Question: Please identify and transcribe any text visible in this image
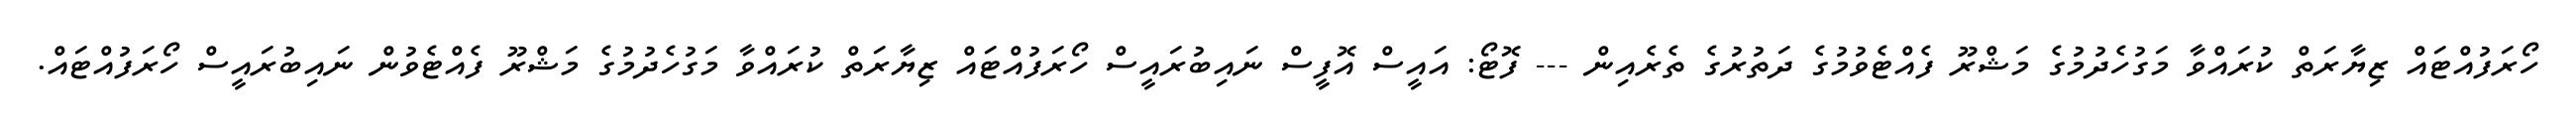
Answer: ހޯރަފުއްޓައް ޒިޔާރަތް ކުރައްވާ މަގުހެދުމުގެ މަޝްރޫ ފެއްޓެވުމުގެ ދަތުރުގެ ތެރެއިން --- ފޮޓޯ: އައީސް އޮފީސް ނައިބުރައީސް ހޯރަފުއްޓައް ޒިޔާރަތް ކުރައްވާ މަގުހެދުމުގެ މަޝްރޫ ފެއްޓެވުން ނައިބުރައީސް ހޯރަފުއްޓައް.